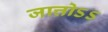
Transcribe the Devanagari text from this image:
जात्तोऽऽ